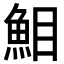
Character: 𩶖